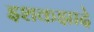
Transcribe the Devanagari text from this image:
इशकझादे